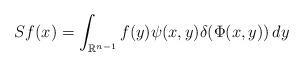
LaTeX: \begin{align*}Sf(x) = \int_{\mathbb{R}^{n-1}} f(y)\psi(x,y)\delta(\Phi(x,y))\, dy\end{align*}